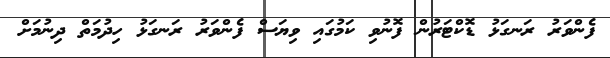
ފެންވަރު ރަނގަޅު ޑޮކްޓަރުން ފޮނުވި ކަމުގައި ވިޔަސް ފެންވަރު ރަނގަޅު ހިދުމަތް ދިނުމަށް